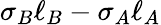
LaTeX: \sigma_{B}\ell_{B}-\sigma_{A}\ell_{A}